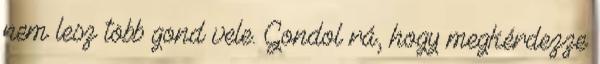
nem lesz több gond vele. Gondol rá, hogy megkérdezze